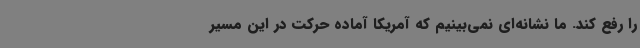
را رفع کند. ما نشانه‌ای نمی‌بینیم که آمریکا آماده حرکت در این مسیر